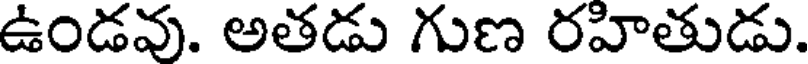
ఉండవు. అతడు గుణ రహితుడు.